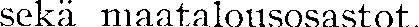
sekä maatalousosastot.